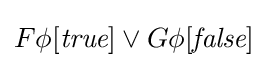
F\phi [{\textit {true}}]\lor G\phi [{\textit {false}}]